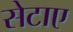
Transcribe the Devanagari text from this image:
सेटाए